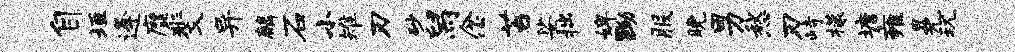
自垣逄縻斐异麟石小雉刃砂舄念苔娑拙婢黝服晚男愁刃峙檬塘雍冕玩